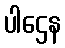
ပါဌေန